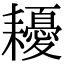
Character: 耰